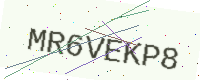
Text: MR6VEKP8